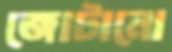
জোটানো